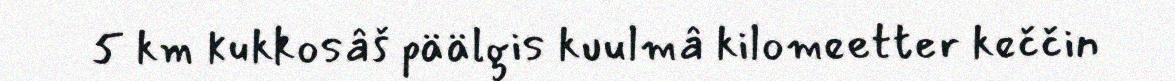
5 km kukkosâš päälgis kuulmâ kilomeetter keččin